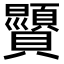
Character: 𫎥